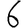
Digit: 6